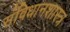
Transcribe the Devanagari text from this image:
संविधानशास्त्र